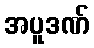
အပူဒဏ်